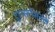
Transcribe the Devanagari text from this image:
ट्रान्सनॅशनल